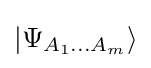
|\Psi _{A_{1}\ldots A_{m}}\rangle